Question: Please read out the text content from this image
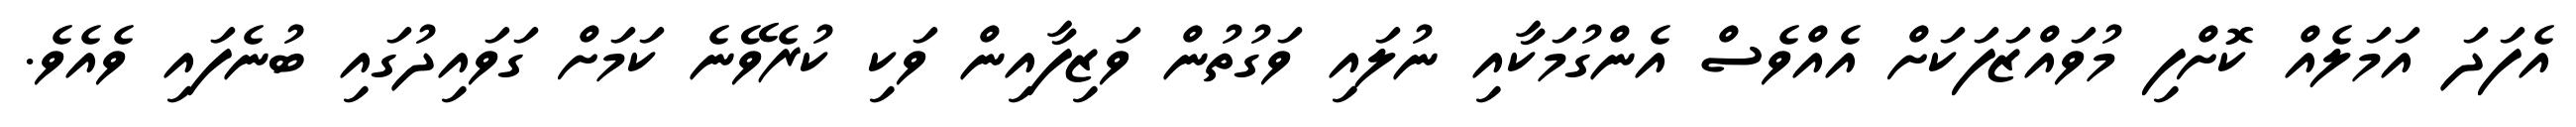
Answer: އެފަދަ އަމަލެއް ކޮށްފި މުވައްޒަފަކަށް އެއްވެސް އެންގުމަކާއި ނުލައި ވަގުތުން ވަޒިފާއިން ވަކި ކުރެވޭނެ ކަމަށް ގަވައިދުގައި ބުނެފައި ވެއެވެ.